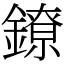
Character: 鐐